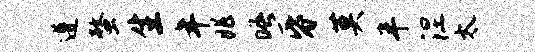
遵螯生年兆晤昏莫半涅太